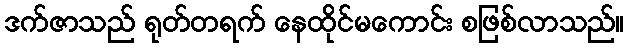
ဒက်ဇာသည် ရုတ်တရက် နေထိုင်မကောင်း စဖြစ်လာသည်။